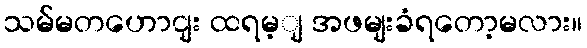
သမ်မတဟောငျး ထရမ့ျ အဖမျးခံရတော့မလား။